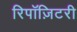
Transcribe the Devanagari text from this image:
रिपॉज़िटरी